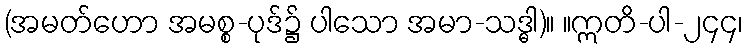
(အမတ်ဟော အမစ္စ-ပုဒ်၌ ပါသော အမာ-သဒ္ဓါ)။ ။ဣတိ-ပါ-၂၄၄၊